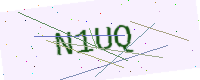
Text: N1UQ